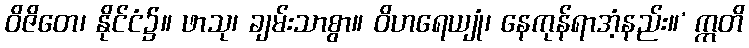
ဝိဇိတေ၊ နိုင်ငံ၌။ ဖာသု၊ ချမ်းသာစွာ။ ဝိဟရေယျုံ၊ နေကုန်ရာအံ့နည်း။’ ဣတိ